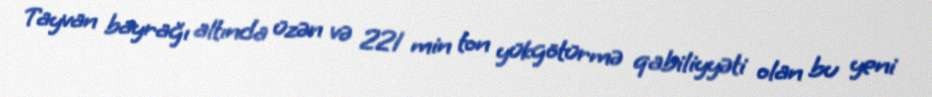
Tayvan bayrağı altında üzən və 221 min ton yükgötürmə qabiliyyəti olan bu yeni